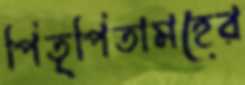
পিতৃপিতামহের